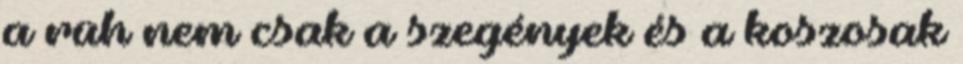
a rüh nem csak a szegények és a koszosak